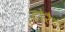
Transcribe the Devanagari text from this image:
टोरै